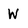
Character: W